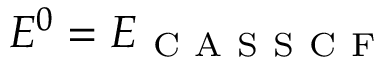
E ^ { 0 } = E _ { \mathrm { ~ C ~ A ~ S ~ S ~ C ~ F ~ } }